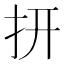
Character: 𮲏